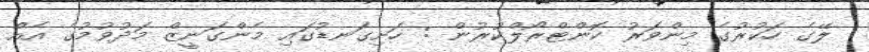
ލޭގެ ހަކުރުގެ މިންވަރު ކޮންޓްރޯލްކުރުން : ހަށިގަނޑުގައި މެންގަނީޒް މަދުވުމުގެ އެއް